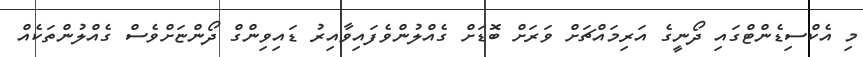
މި އެކްސިޑެންޓްގައި ދޯނީގެ އަރިމައްޗަށް ވަރަށް ބޮޑަށް ގެއްލުންވެފައިވާއިރު ޑައިވިންގް ދޯންޏަށްވެސް ގެއްލުންތަކެއް